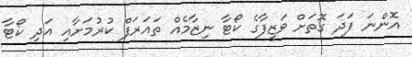
އޮންނަ ފަދަ ގޮތަށް ވަޒީފާގެ ކޯޓާ ނިޒާމެއް ތައަރަފް ކުރުމަށާއި އަދި ކޯޓާ